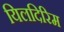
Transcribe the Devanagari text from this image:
यिलदिरिम